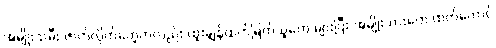
အမျိုးသမီး ဇာတ်လိုက်တွေကလည်း ထူးချွန်ထက်မြက်သူတွေ များပြီး အမျိုးသားတွေ ထက်တောင်